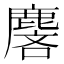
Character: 麐